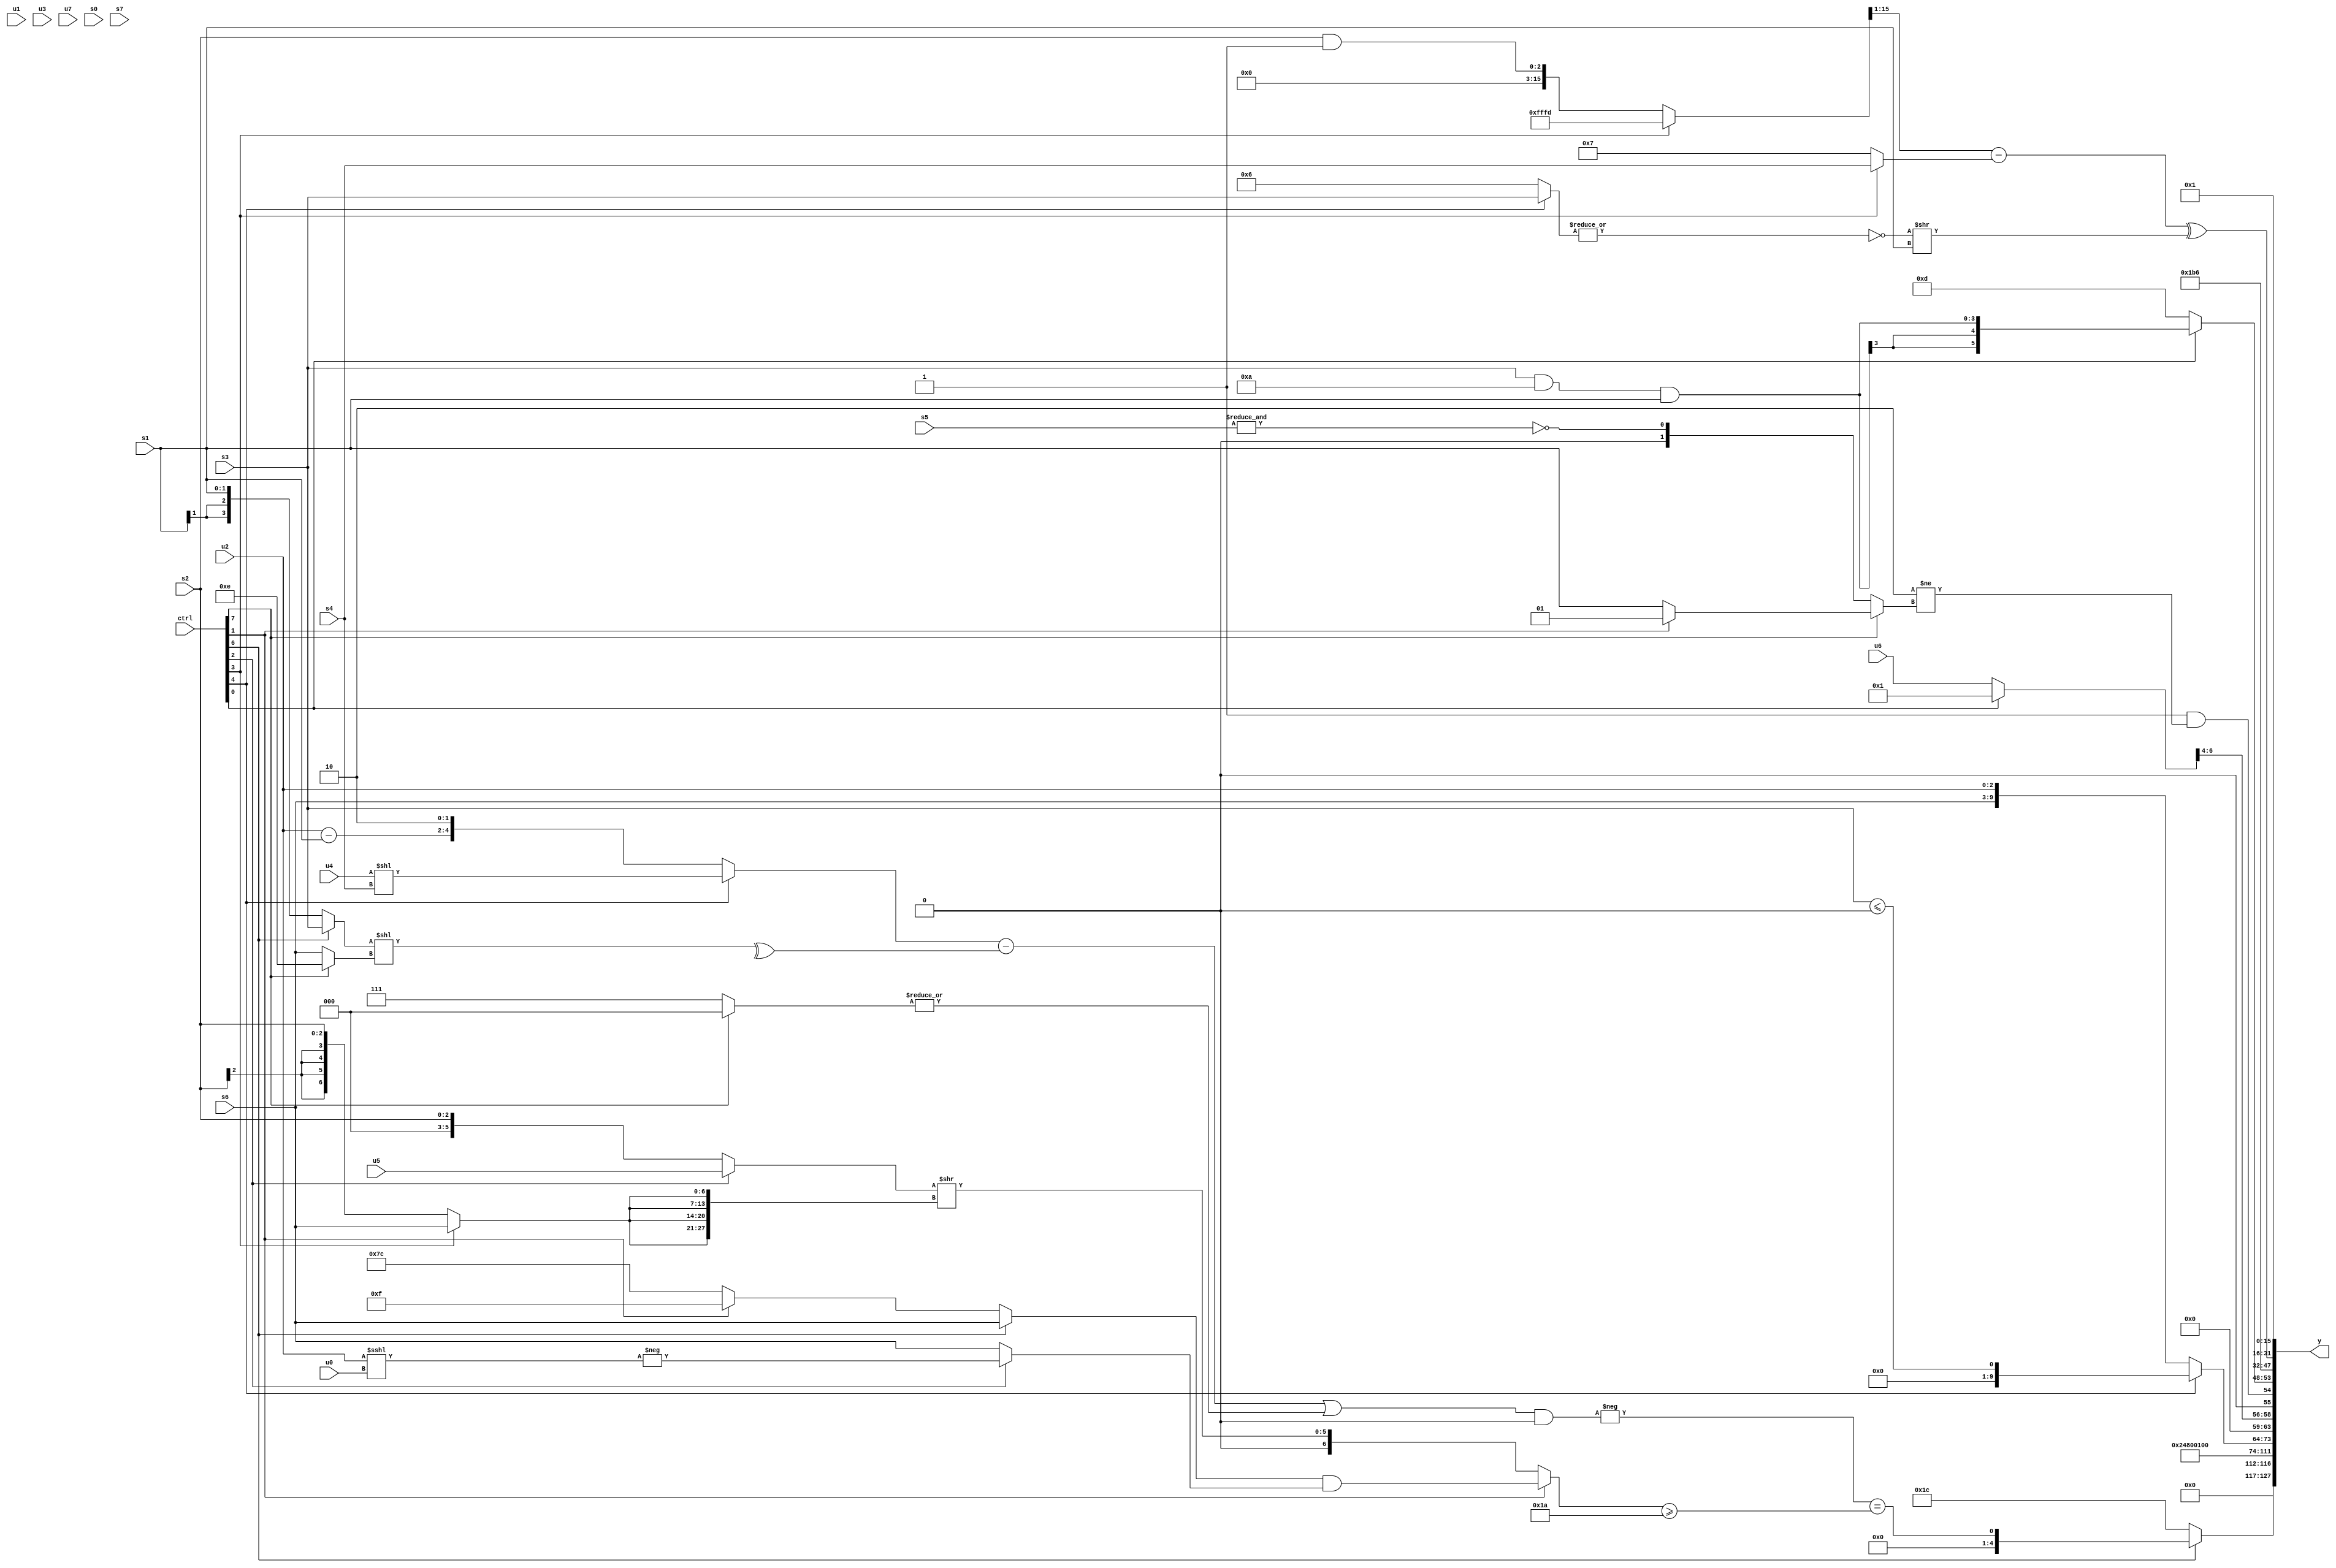
module wideexpr_00466(ctrl, u0, u1, u2, u3, u4, u5, u6, u7, s0, s1, s2, s3, s4, s5, s6, s7, y);
  input [7:0] ctrl;
  input [0:0] u0;
  input [1:0] u1;
  input [2:0] u2;
  input [3:0] u3;
  input [4:0] u4;
  input [5:0] u5;
  input [6:0] u6;
  input [7:0] u7;
  input signed [0:0] s0;
  input signed [1:0] s1;
  input signed [2:0] s2;
  input signed [3:0] s3;
  input signed [4:0] s4;
  input signed [5:0] s5;
  input signed [6:0] s6;
  input signed [7:0] s7;
  output [127:0] y;
  wire [15:0] y0;
  wire [15:0] y1;
  wire [15:0] y2;
  wire [15:0] y3;
  wire [15:0] y4;
  wire [15:0] y5;
  wire [15:0] y6;
  wire [15:0] y7;
  assign y = {y0,y1,y2,y3,y4,y5,y6,y7};
  assign y0 = (ctrl[6]?(-(((((ctrl[4]?(u4)<<(s4):{(u2)-(s1),2'sb10}))-(^(((ctrl[6]?s3:s1))<<((ctrl[7]?6'sb001110:s6)))))|($signed({1{|((ctrl[7]?1'sb0:3'sb111))}})))&(~^($signed(5'b11111)))))==(+(((ctrl[1]?((ctrl[6]?+(+(s6)):(ctrl[1]?4'sb1111:-(4'sb0100))))&((ctrl[2]?-((u2)<<<(u0)):s6)):$signed(((ctrl[2]?u5:$unsigned(s2)))>>({4{(ctrl[3]?s6:s2)}}))))>=(6'sb011010))):$unsigned(-($signed({5'b00100}))));
  assign y1 = {1{{3{3'b010}}}};
  assign y2 = 6'sb000100;
  assign y3 = (ctrl[4]?(s3)<=((5'sb01001)&($signed(+({{2{(2'sb10)^~(6'sb010011)}}})))):{s6,u2});
  assign y4 = {(+((ctrl[0]?($signed(+((3'sb101)<(s7))))|(~&($signed($signed(3'b101)))):u6)))>>(3'sb100),$signed(1'sb0),$signed((+(1'sb1))&($signed((((4'sb0011)<=(2'sb11))^~(2'b01))!=((ctrl[7]?$signed((ctrl[1]?2'sb01:s1)):~&(+(s5))))))),$signed($unsigned($unsigned((ctrl[0]?$signed(((s3)&(6'sb111010))&(s1)):(ctrl[0]?(s3)^(s5):5'sb01101)))))};
  assign y5 = {3{+({1{3'sb110}})}};
  assign y6 = ((((ctrl[3]?-({2{1'sb1}}):$signed((s2)&(3'sb111))))>>(+(1'b1)))-((ctrl[3]?s4:3'sb111)))^((+(~|({4{(ctrl[4]?s3:4'b0110)}})))>>(s1));
  assign y7 = (ctrl[7]?-((-((4'b0011)^~(3'b001)))-(3'sb100)):1'sb1);
endmodule